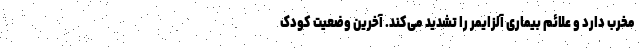
مخرب دارد و علائم بیماری آلزایمر را تشدید می‌کند. آخرین وضعیت کودک